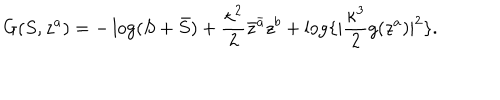
G ( S , z ^ { a } ) = - \log ( S + \bar { S } ) + \frac { \kappa ^ { 2 } } { 2 } \bar { z } ^ { \bar { a } } z ^ { b } + \log \lbrace | \frac { \kappa ^ { 3 } } { 2 } g ( z ^ { a } ) | ^ { 2 } \rbrace .